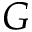
G